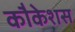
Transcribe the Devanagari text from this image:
कौकेशस